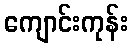
ကျောင်းကုန်း